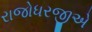
રાજોધરજીએ